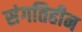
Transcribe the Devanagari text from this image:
संगतिहीन